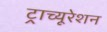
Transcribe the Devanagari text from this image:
ट्राच्यूरेशन